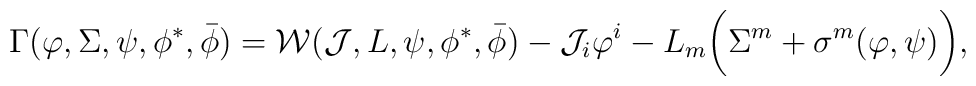
\Gamma(\varphi,\Sigma,\psi,\phi^*,\bar{\phi})= {\cal W}({\cal J},L,\psi,\phi^*,\bar{\phi}) - {\cal J}_i\varphi^i - L_m\bigg(\Sigma^m+\sigma^m(\varphi,\psi)\bigg),